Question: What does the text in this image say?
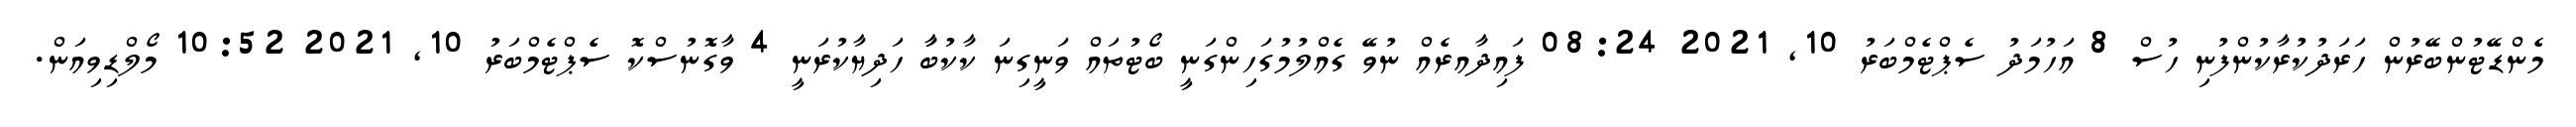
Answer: މެންޑޭޓުންބޭރުން ހަރަދުކުރާކުންފުނި ހުސް 8 އަހުމަދު ސެޕްޓެމްބަރު 10, 2021 08:24 ފައިދާއރެއް ނުވޭ ގެއްލުމުގަހިންގަނީ ބޯޓުތައް ވަނީގިނަ ކާކުބަާ ހަދިޔާކުރަނީ 4 ވާގޮނުސްކޮ ސެޕްޓެމްބަރު 10, 2021 10:52 މޯލްޑިވިއަން.